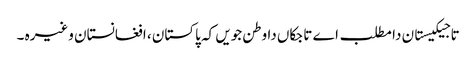
تاجیکیستان دا مطلب اے تاجکاں دا وطن جویں کہ پاکستان ، افغانستان وغیرہ ۔